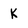
Character: K